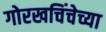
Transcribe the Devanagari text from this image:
गोरखचिंचेच्या